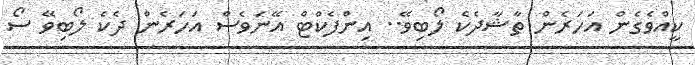
ކީއްވެގެން އަހަރެން ތާޝާދެކެ ލޯބިވޭ.. އިންފެކްޓް އޭނަވެސް އަހަރެން ދެކެ ލޯބިވޭ ސޯ